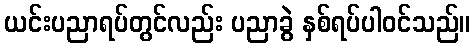
ယင်းပညာရပ်တွင်လည်း ပညာခွဲ နှစ်ရပ်ပါဝင်သည်။